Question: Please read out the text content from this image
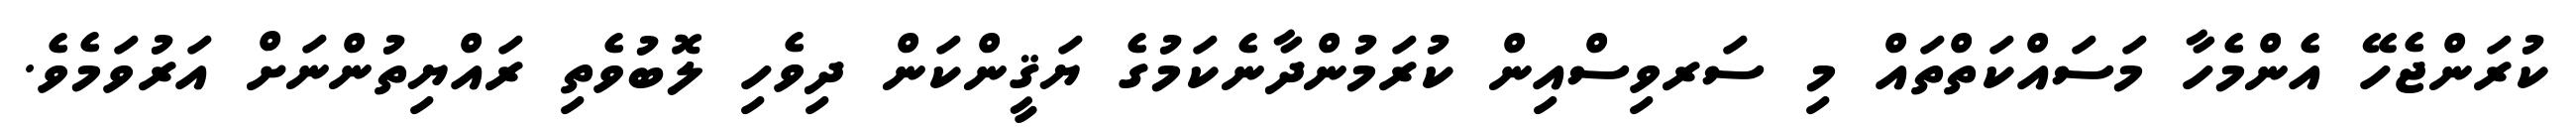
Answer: ކުރަންޖެހޭ އެންމެހާ މަސައްކަތްތައް މި ސަރވިސްއިން ކުރަމުންދާނެކަމުގެ ޔަޤީންކަން ދިވެހި ލޮބުވެތި ރައްޔިތުންނަށް އަރުވަމެވެ.